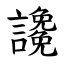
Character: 䜛